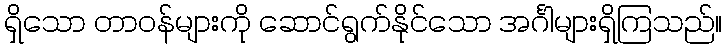
ရှိသော တာဝန်များကို ဆောင်ရွက်နိုင်သော အင်္ဂါများရှိကြသည်။